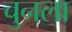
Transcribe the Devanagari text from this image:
चुनला